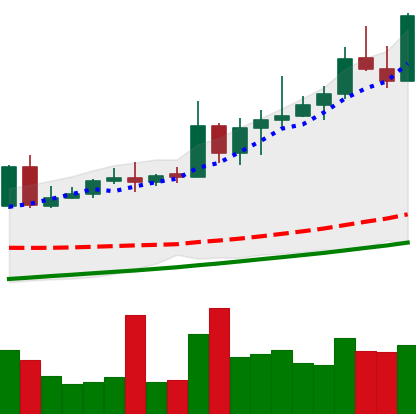
Ticker: NEO-USD
Chart end date: 2020-08-20
Forward return: -3.891%
Label: down_3_5